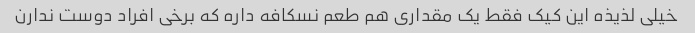
خیلی لذیذه این کیک فقط یک مقداری هم طعم نسکافه داره که برخی افراد دوست ندارن